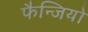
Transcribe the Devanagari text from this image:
फैन्जियो